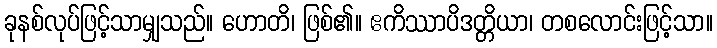
ခုနစ်လုပ်ဖြင့်သာမျှသည်။ ဟောတိ၊ ဖြစ်၏။ ဧကိဿာပိဒတ္တိယာ၊ တစလောင်းဖြင့်သာ။